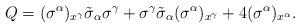
LaTeX: \begin{align*}Q=(\sigma^\alpha)_{x^\gamma}\tilde\sigma_\alpha\sigma^\gamma+\sigma^\gamma\tilde\sigma_\alpha(\sigma^\alpha)_{x^\gamma}+4(\sigma^\alpha)_{x^\alpha}.\end{align*}